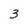
Character: 3